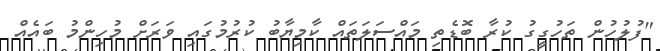
"ފުލުހުން ތަހުގީގު ކުރާ ބޮޑެތި މައްސަލަތައް ކާމިޔާބު ކުރުމުގައި ވަރަށް މުހިންމު ބައެއް